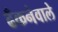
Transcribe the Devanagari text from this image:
ढँकनेवाले